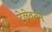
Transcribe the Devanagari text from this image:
टेलेवर्तन